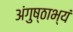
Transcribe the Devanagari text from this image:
अंगुष्ठाभ्यं